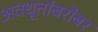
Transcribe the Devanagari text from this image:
अवधूतांबरोबर